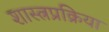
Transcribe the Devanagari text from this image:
शास्त्रप्रक्रिया